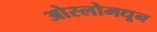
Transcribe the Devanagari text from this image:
ओस्लोमधून